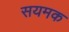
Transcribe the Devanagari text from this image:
सयमक